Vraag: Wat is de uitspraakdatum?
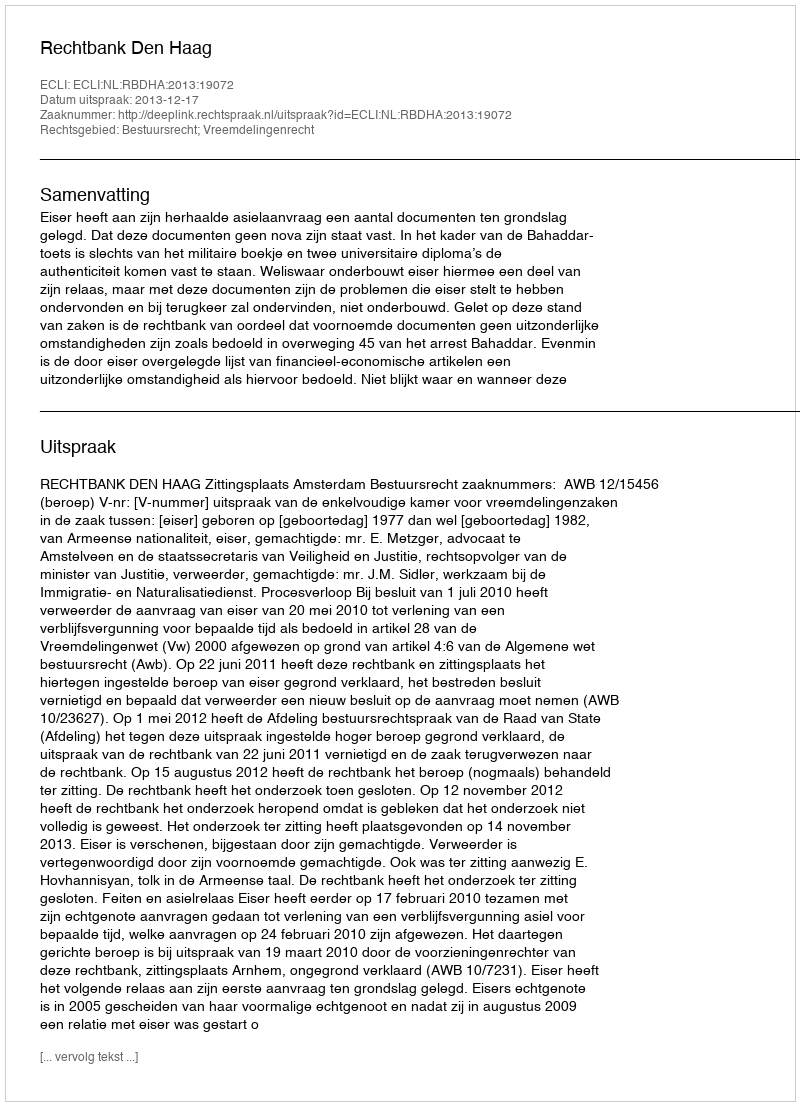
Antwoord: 2013-12-17